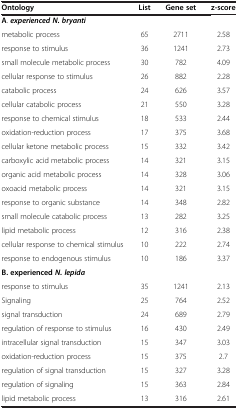
<table><thead><tr><td><b>Ontology</b></td><td><b>List</b></td><td><b>Gene set</b></td><td><b>z-score</b></td></tr></thead><tbody><tr><td><b>A</b>. <b><i>experienced N. bryanti</i></b></td><td> </td><td> </td><td> </td></tr><tr><td>metabolic process</td><td>65</td><td>2711</td><td>2.58</td></tr><tr><td>response to stimulus</td><td>36</td><td>1241</td><td>2.73</td></tr><tr><td>small molecule metabolic process</td><td>30</td><td>782</td><td>4.09</td></tr><tr><td>cellular response to stimulus</td><td>26</td><td>882</td><td>2.28</td></tr><tr><td>catabolic process</td><td>24</td><td>626</td><td>3.57</td></tr><tr><td>cellular catabolic process</td><td>21</td><td>550</td><td>3.28</td></tr><tr><td>response to chemical stimulus</td><td>18</td><td>533</td><td>2.44</td></tr><tr><td>oxidation-reduction process</td><td>17</td><td>375</td><td>3.68</td></tr><tr><td>cellular ketone metabolic process</td><td>15</td><td>332</td><td>3.42</td></tr><tr><td>carboxylic acid metabolic process</td><td>14</td><td>321</td><td>3.15</td></tr><tr><td>organic acid metabolic process</td><td>14</td><td>328</td><td>3.06</td></tr><tr><td>oxoacid metabolic process</td><td>14</td><td>321</td><td>3.15</td></tr><tr><td>response to organic substance</td><td>14</td><td>348</td><td>2.82</td></tr><tr><td>small molecule catabolic process</td><td>13</td><td>282</td><td>3.25</td></tr><tr><td>lipid metabolic process</td><td>12</td><td>316</td><td>2.38</td></tr><tr><td>cellular response to chemical stimulus</td><td>10</td><td>222</td><td>2.74</td></tr><tr><td>response to endogenous stimulus</td><td>10</td><td>186</td><td>3.37</td></tr><tr><td><b>B. experienced </b><b><i>N. lepida</i></b></td><td> </td><td> </td><td> </td></tr><tr><td>response to stimulus</td><td>35</td><td>1241</td><td>2.13</td></tr><tr><td>Signaling</td><td>25</td><td>764</td><td>2.52</td></tr><tr><td>signal transduction</td><td>24</td><td>689</td><td>2.79</td></tr><tr><td>regulation of response to stimulus</td><td>16</td><td>430</td><td>2.49</td></tr><tr><td>intracellular signal transduction</td><td>15</td><td>347</td><td>3.03</td></tr><tr><td>oxidation-reduction process</td><td>15</td><td>375</td><td>2.7</td></tr><tr><td>regulation of signal transduction</td><td>15</td><td>327</td><td>3.28</td></tr><tr><td>regulation of signaling</td><td>15</td><td>363</td><td>2.84</td></tr><tr><td>lipid metabolic process</td><td>13</td><td>316</td><td>2.61</td></tr></tbody></table>